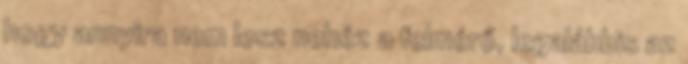
hogy annyira nem lesz nehéz a felmérő, legalábbis az